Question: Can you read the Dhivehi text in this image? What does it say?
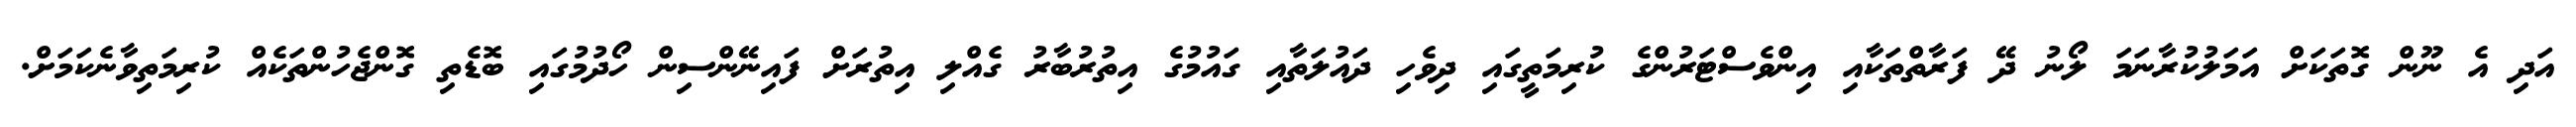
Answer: އަދި އެ ނޫން ގޮތަކަށް އަމަލުކުރާނަމަ ލޯނު ދޭ ފަރާތްތަކާއި އިންވެސްޓަރުންގެ ކުރިމަތީގައި ދިވެހި ދައުލަތާއި ގައުމުގެ އިތުރުބާރު ގެއްލި އިތުރަށް ފައިނޭންސިން ހޯދުމުގައި ބޮޑެތި ގޮންޖެހުންތަކެއް ކުރިމަތިވާނެކަމަށް.